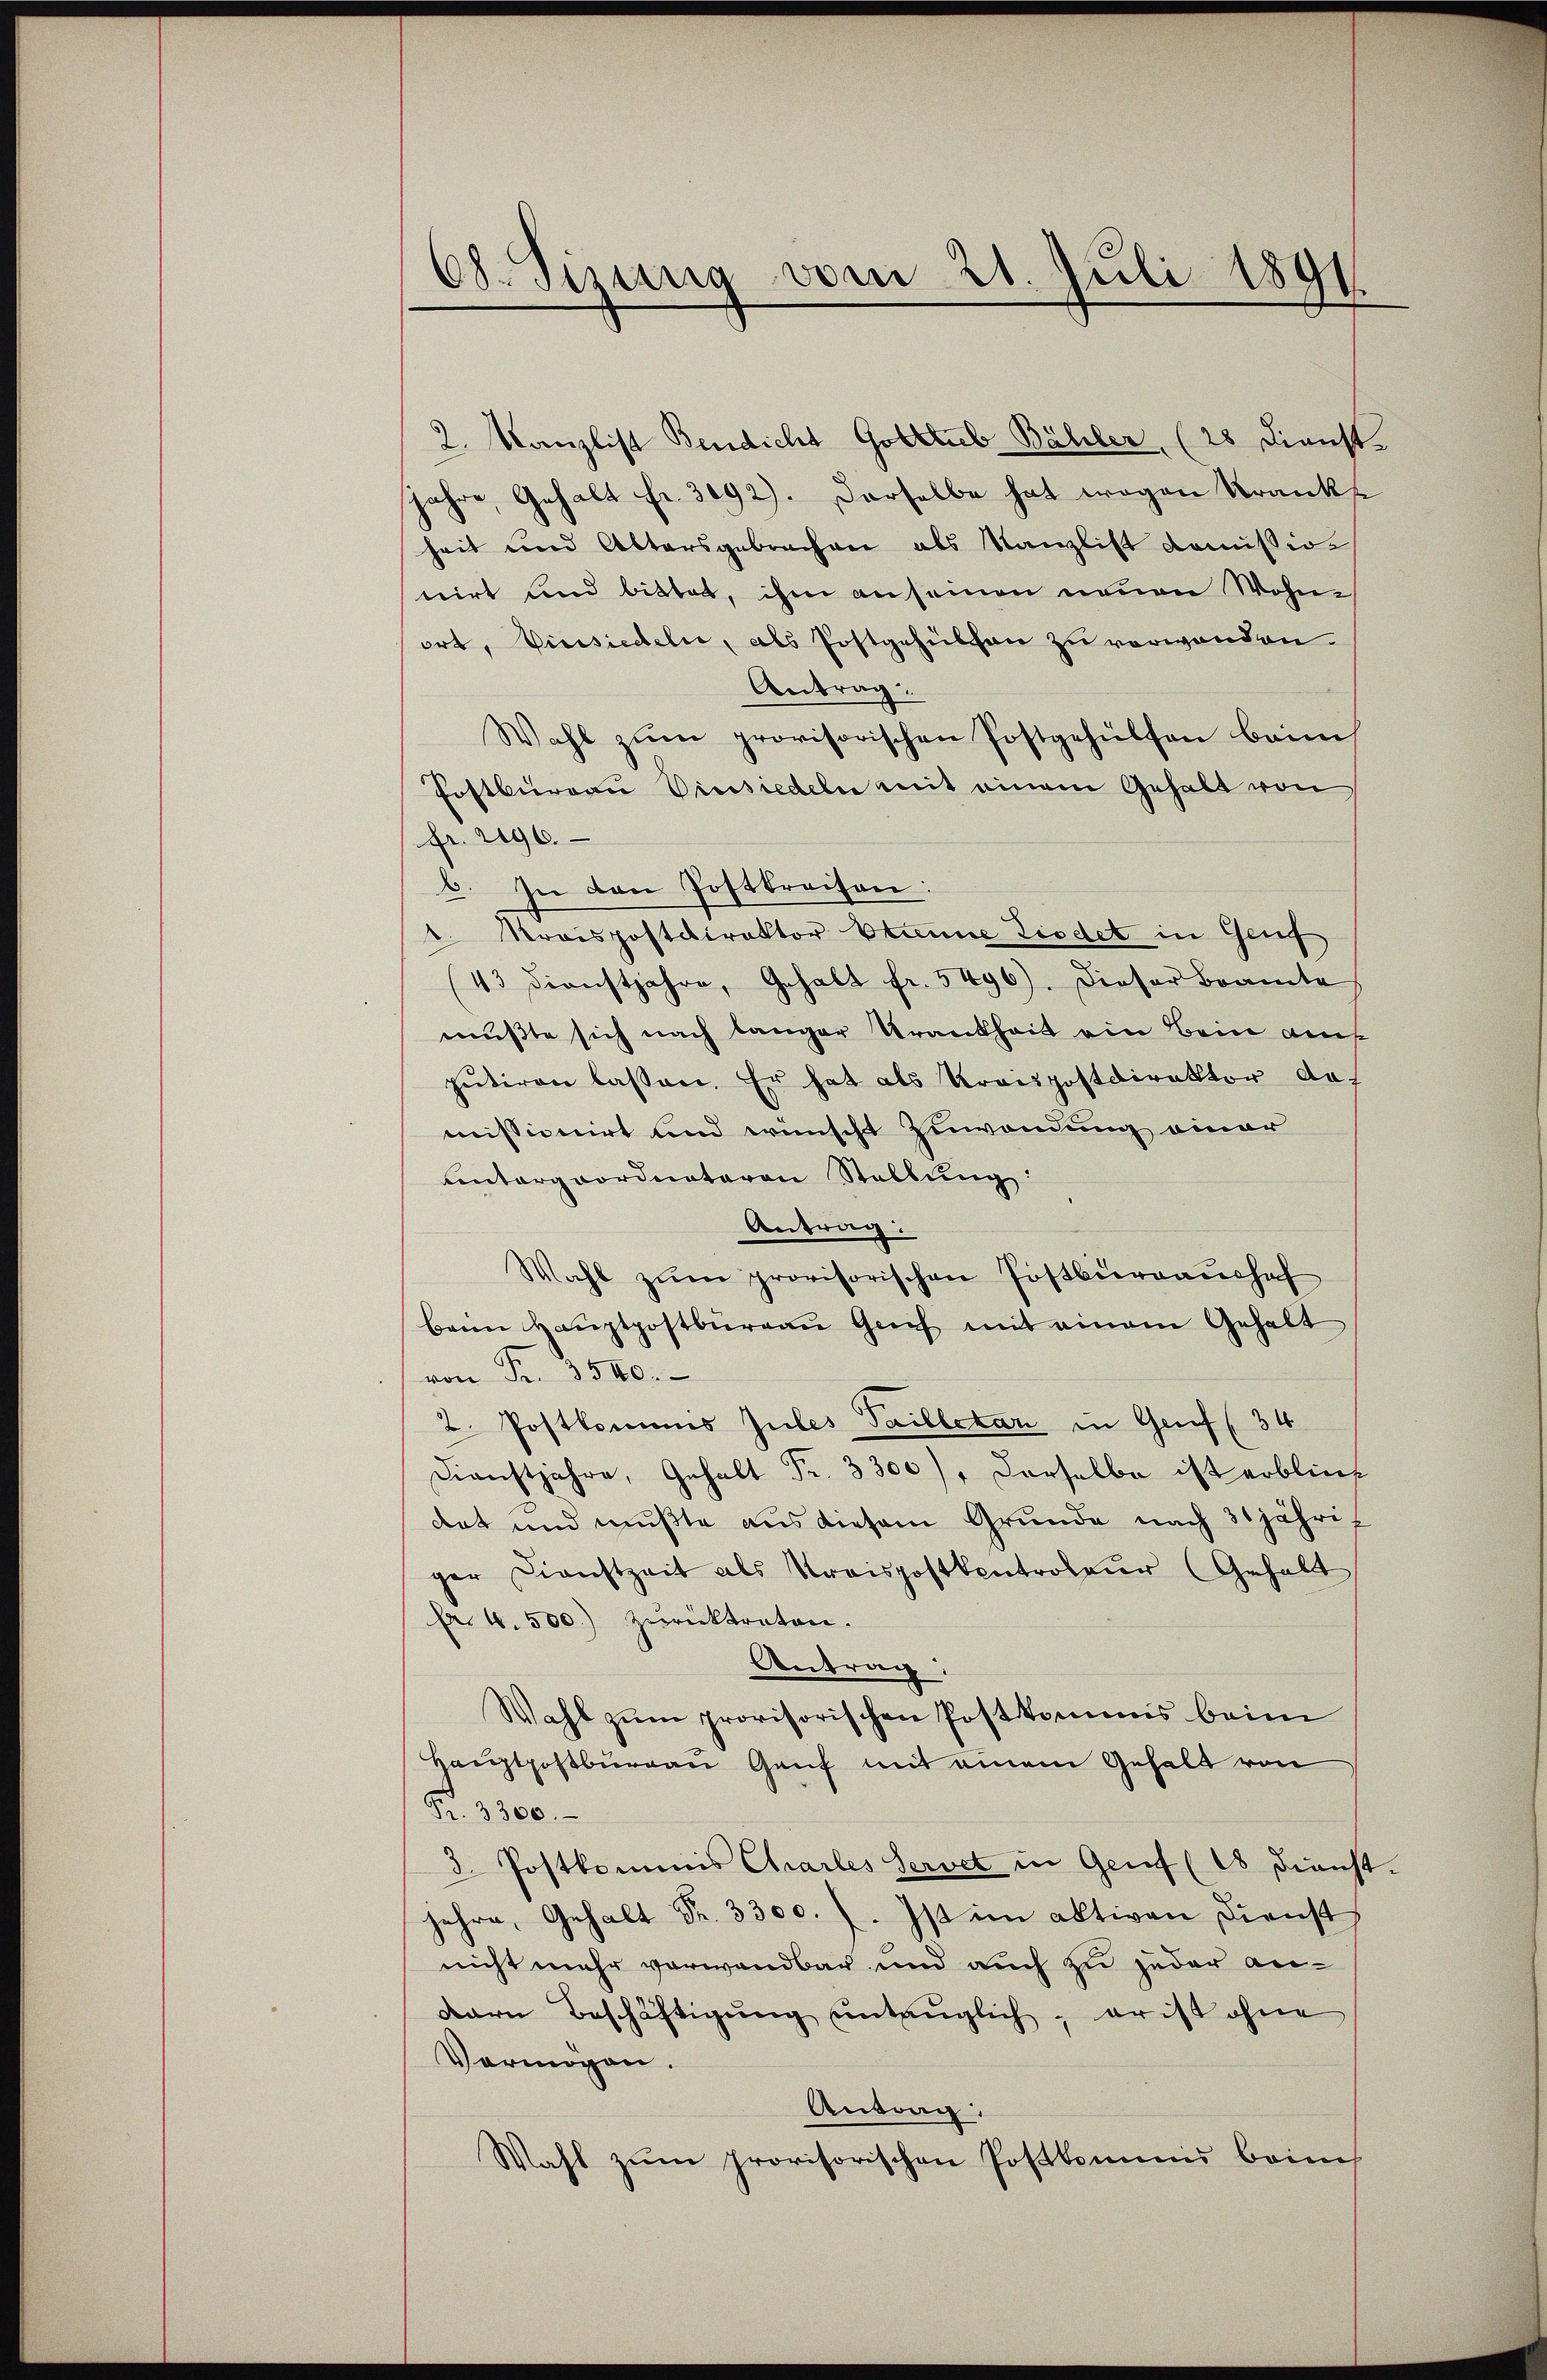
2. Kanzlist Bendicht Gotttub Bähler (28 Dienst-
Jahre, Gehalt Fr. 3092). Derselbe hat wegen Kranke
heit und Altersgebrachen als Kanzlist Komissionirt und bittet, ihm an seinen neuen Wohnort, Vinsiedeln, als Postgehülchen zu verwanden.
Antrag.
Wahl zum provisorischen Postgehülfen beim
Postburgau Vinsiedeln mit einem Gehalt von
fr. 296.
6. In den Postbreiten:
1. Kreispostdirektor Stanne Liedet in Genf
(43 dienstjahre, Gehalt fr. 5496). Dieser Beamte
mußte sich nach langer Krankheit ein Bein auf
putiren lassen. Er hat als Kreispostdirektor da-
missionirt und wünscht Zuwendung einer
untergeordneteren Stellung:
Antrag:
Wahl zŭm provisorischen Postburgaushaf
beim Haŭptpostbüreaŭ Greif mit einem Gehalt
von Fr. 3500.
2. Postkommis Jules Tailletar in Genf (34
Dienstjahre, Gehalt Fr. 3300), Dorselbe ist erblieg
dat und mußte aus diesem Grunde nach 31jähriger Dienstzeit als Kraispostkontroleur (Gehalt
Fr. 4. 500. zŭrücktreten.
Antrag:
Wahl zum provisorischen Postkommis beim
Hauptpostburgau Genf mit einem Gehalt von
Fr. 3300.
3. Postkommis Charles Servit in Genf (18 dienst.
Jahre, Gehalt Fr. 3300.). Ist im aktiven Dienst
nicht mehr vorwandbar und auch zu jeder andarn Beschäftigŭng untauglich, er ist ohne
Vermögen.
Antrag,
Wahl zum provisorischen Postkommis beim

68. Sizung vom 21. Juli 1891